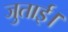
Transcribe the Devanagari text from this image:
जुताई।